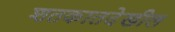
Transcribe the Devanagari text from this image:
शतकातदेखील